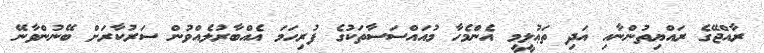
ރާއްޖޭގެ ރައްޔިތުންނާއި އަދި ތަޢުލީމީ އެންމެހާ މުއައްސަސާތަކުގެ ފުރިހަމަ އެއްބާރުލެއްވުން ސަރުކާރަށް ބޭނުންވާނޭ